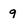
Character: 9